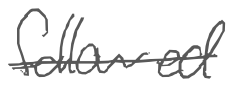
Text: followed
Cross-out: single-line
Writing tool: digital_gray